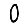
Digit: 0